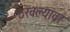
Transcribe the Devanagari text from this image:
ठरवल्यावर